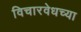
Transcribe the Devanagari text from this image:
विचारवेधच्या